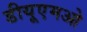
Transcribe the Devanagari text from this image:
डीयूएमओ